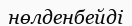
нөлденбейді